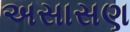
અસાસણ